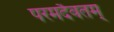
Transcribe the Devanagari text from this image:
परमदैवतम्